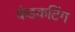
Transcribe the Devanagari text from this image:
कंडकटिंग